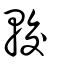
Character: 較